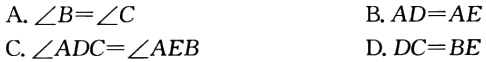
A. $\angle B=\angle C$  B. $AD = AE$  C. $\angle ADC=\angle AEB$  D. $DC = BE$